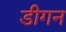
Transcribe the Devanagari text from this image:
डीगन